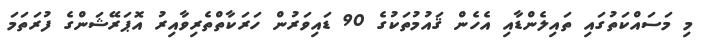
މި މަސައްކަތުގައި ތައިލެންޑާއި އެހެން ޤައުމުތަކުގެ 90 ޑައިވަރުން ހަރަކާތްތެރިވާއިރު އޮޕަރޭޝަންގެ ފުރަތަމަ